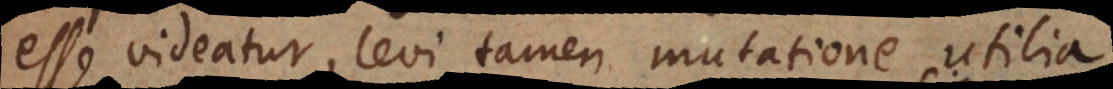
esse videatur, levi tamen mutatione utilia